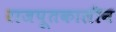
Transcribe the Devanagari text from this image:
राजपूतकालीन